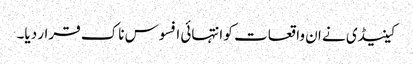
کینیڈی نے ان واقعات کو انتہائی افسوس ناک قرار دیا۔